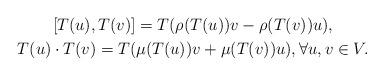
LaTeX: \begin{gather*} [T(u), T(v)] = T(\rho(T(u))v - \rho(T(v))u),\\ T(u) \cdot T(v) = T(\mu(T(u))v+ \mu(T(v))u), \forall u, v \in V. \end{gather*}